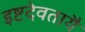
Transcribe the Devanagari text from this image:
इष्टदेवतायै